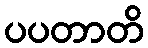
ပပတာတိ